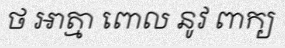
ថ អាត្មា ពោល នូវ ពាក្យ